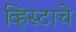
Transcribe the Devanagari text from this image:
व्हिस्टाचे